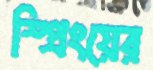
স্প্রিংয়ের